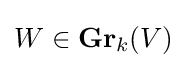
W\in \mathbf {Gr} _{k}(V)